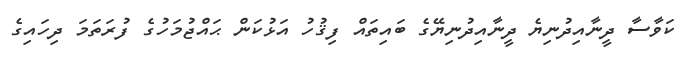
ކަވާސާ ދީނާއިދުނިޔެ ދީނާއިދުނިޔޭގެ ބައިތައް ފިޤުހު އަޅުކަން ޙައްޖުމަހުގެ ފުރަތަމަ ދިހައިގެ